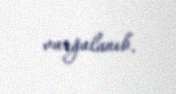
vurğulanıb.